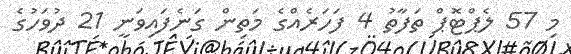
މި 57 ލެޕްޓޮޕް ތަފާތު 4 ފަހަރެއްގެ މަތިން ގަނެފައިވަނީ 21 ދުވަހުގެ